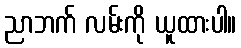
ညာဘက် လမ်းကို ယူထားပါ။